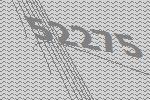
52275